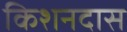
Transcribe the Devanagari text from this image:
किशनदास